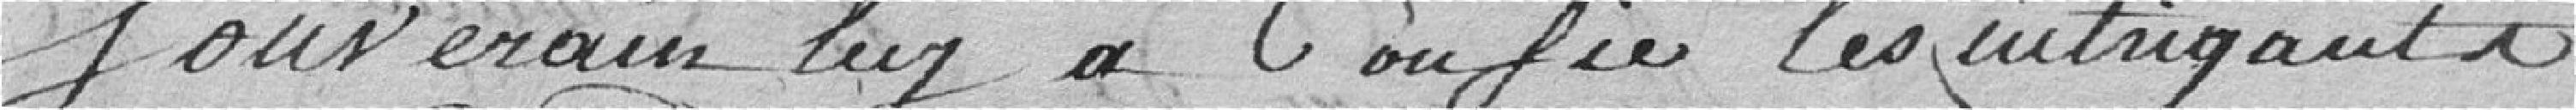
souverain luy a confié les intrigants